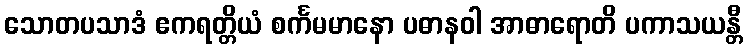
သောတပသာဒံ ဧကရတ္တိယံ စင်္ကမမာနော ပဓာနဝါ အာဓာရောတိ ပကာသယန္တီ